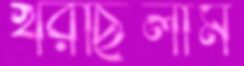
খরছিলাম